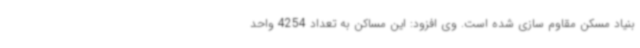
بنیاد مسکن مقاوم سازی شده است. وی افزود: این مساکن به تعداد 4254 واحد